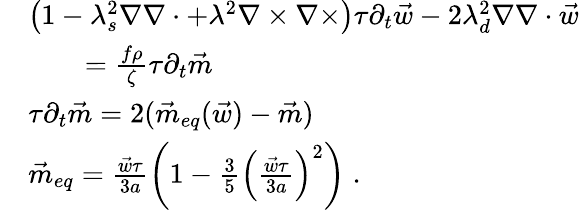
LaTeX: \begin{array}{rl}&{\left(1-\lambda_{s}^{2}\nabla\nabla\cdot+\lambda^{2}\nabla\times\nabla\times\right)\tau\partial_{t}\vec{w}-2\lambda_{d}^{2}\nabla\nabla\cdot\vec{w}}\\ &{\quad\quad=\frac{f\rho}{\zeta}\tau\partial_{t}\vec{m}}\\ &{\tau\partial_{t}\vec{m}=2(\vec{m}_{eq}(\vec{w})-\vec{m})}\\ &{\vec{m}_{eq}=\frac{\vec{w}\tau}{3a}\left(1-\frac{3}{5}\left(\frac{\vec{w}\tau}{3a}\right)^{2}\right)\; .}\end{array}